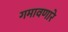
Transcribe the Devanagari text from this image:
गमावणारे